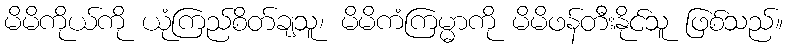
မိမိကိုယ်ကို ယုံကြည်စိတ်ချသူ၊ မိမိကံကြမ္မာကို မိမိဖန်တီးနိုင်သူ ဖြစ်သည်။